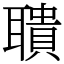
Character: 聵